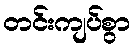
တင်းကျပ်စွာ